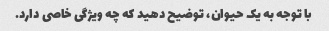
با توجه به یک حیوان، توضیح دهید که چه ویژگی خاصی دارد.